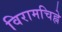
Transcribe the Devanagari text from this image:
विरामचिह्ने